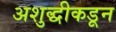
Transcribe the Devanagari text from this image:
अशुद्धीकडून